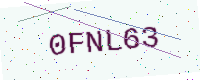
Text: 0FNL63